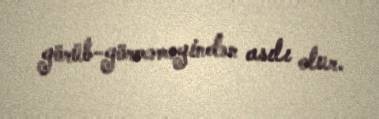
görüb-görməməyindən asılı olur.